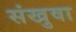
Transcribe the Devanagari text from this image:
संखुवा